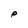
Character: e